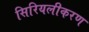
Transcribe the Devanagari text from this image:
सिरियलीकरण